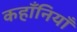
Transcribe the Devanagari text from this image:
कहाँनियाँ